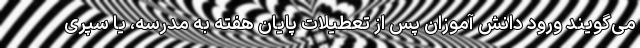
می‌گویند ورود دانش آموزان پس از تعطیلات پایان هفته به مدرسه، یا سپری